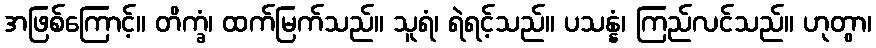
အဖြစ်ကြောင့်။ တိက္ခံ၊ ထက်မြက်သည်။ သူရံ၊ ရဲရင့်သည်။ ပသန္နံ၊ ကြည်လင်သည်။ ဟုတွာ၊